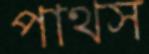
পাথস